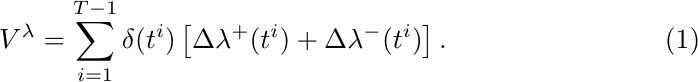
\begin{equation}\label{eq:differentiable_V}
V^{\mathfrak{\lambda}} = \sum_{i=1}^{T-1} \delta(t^i)\left[\Delta\lambda^+(t^i) + \Delta\lambda^-(t^i)\right].
\end{equation}